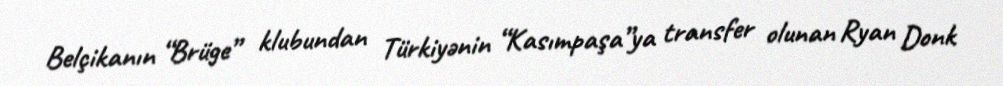
Belçikanın “Brüge” klubundan Türkiyənin “Kasımpaşa”ya transfer olunan Ryan Donk